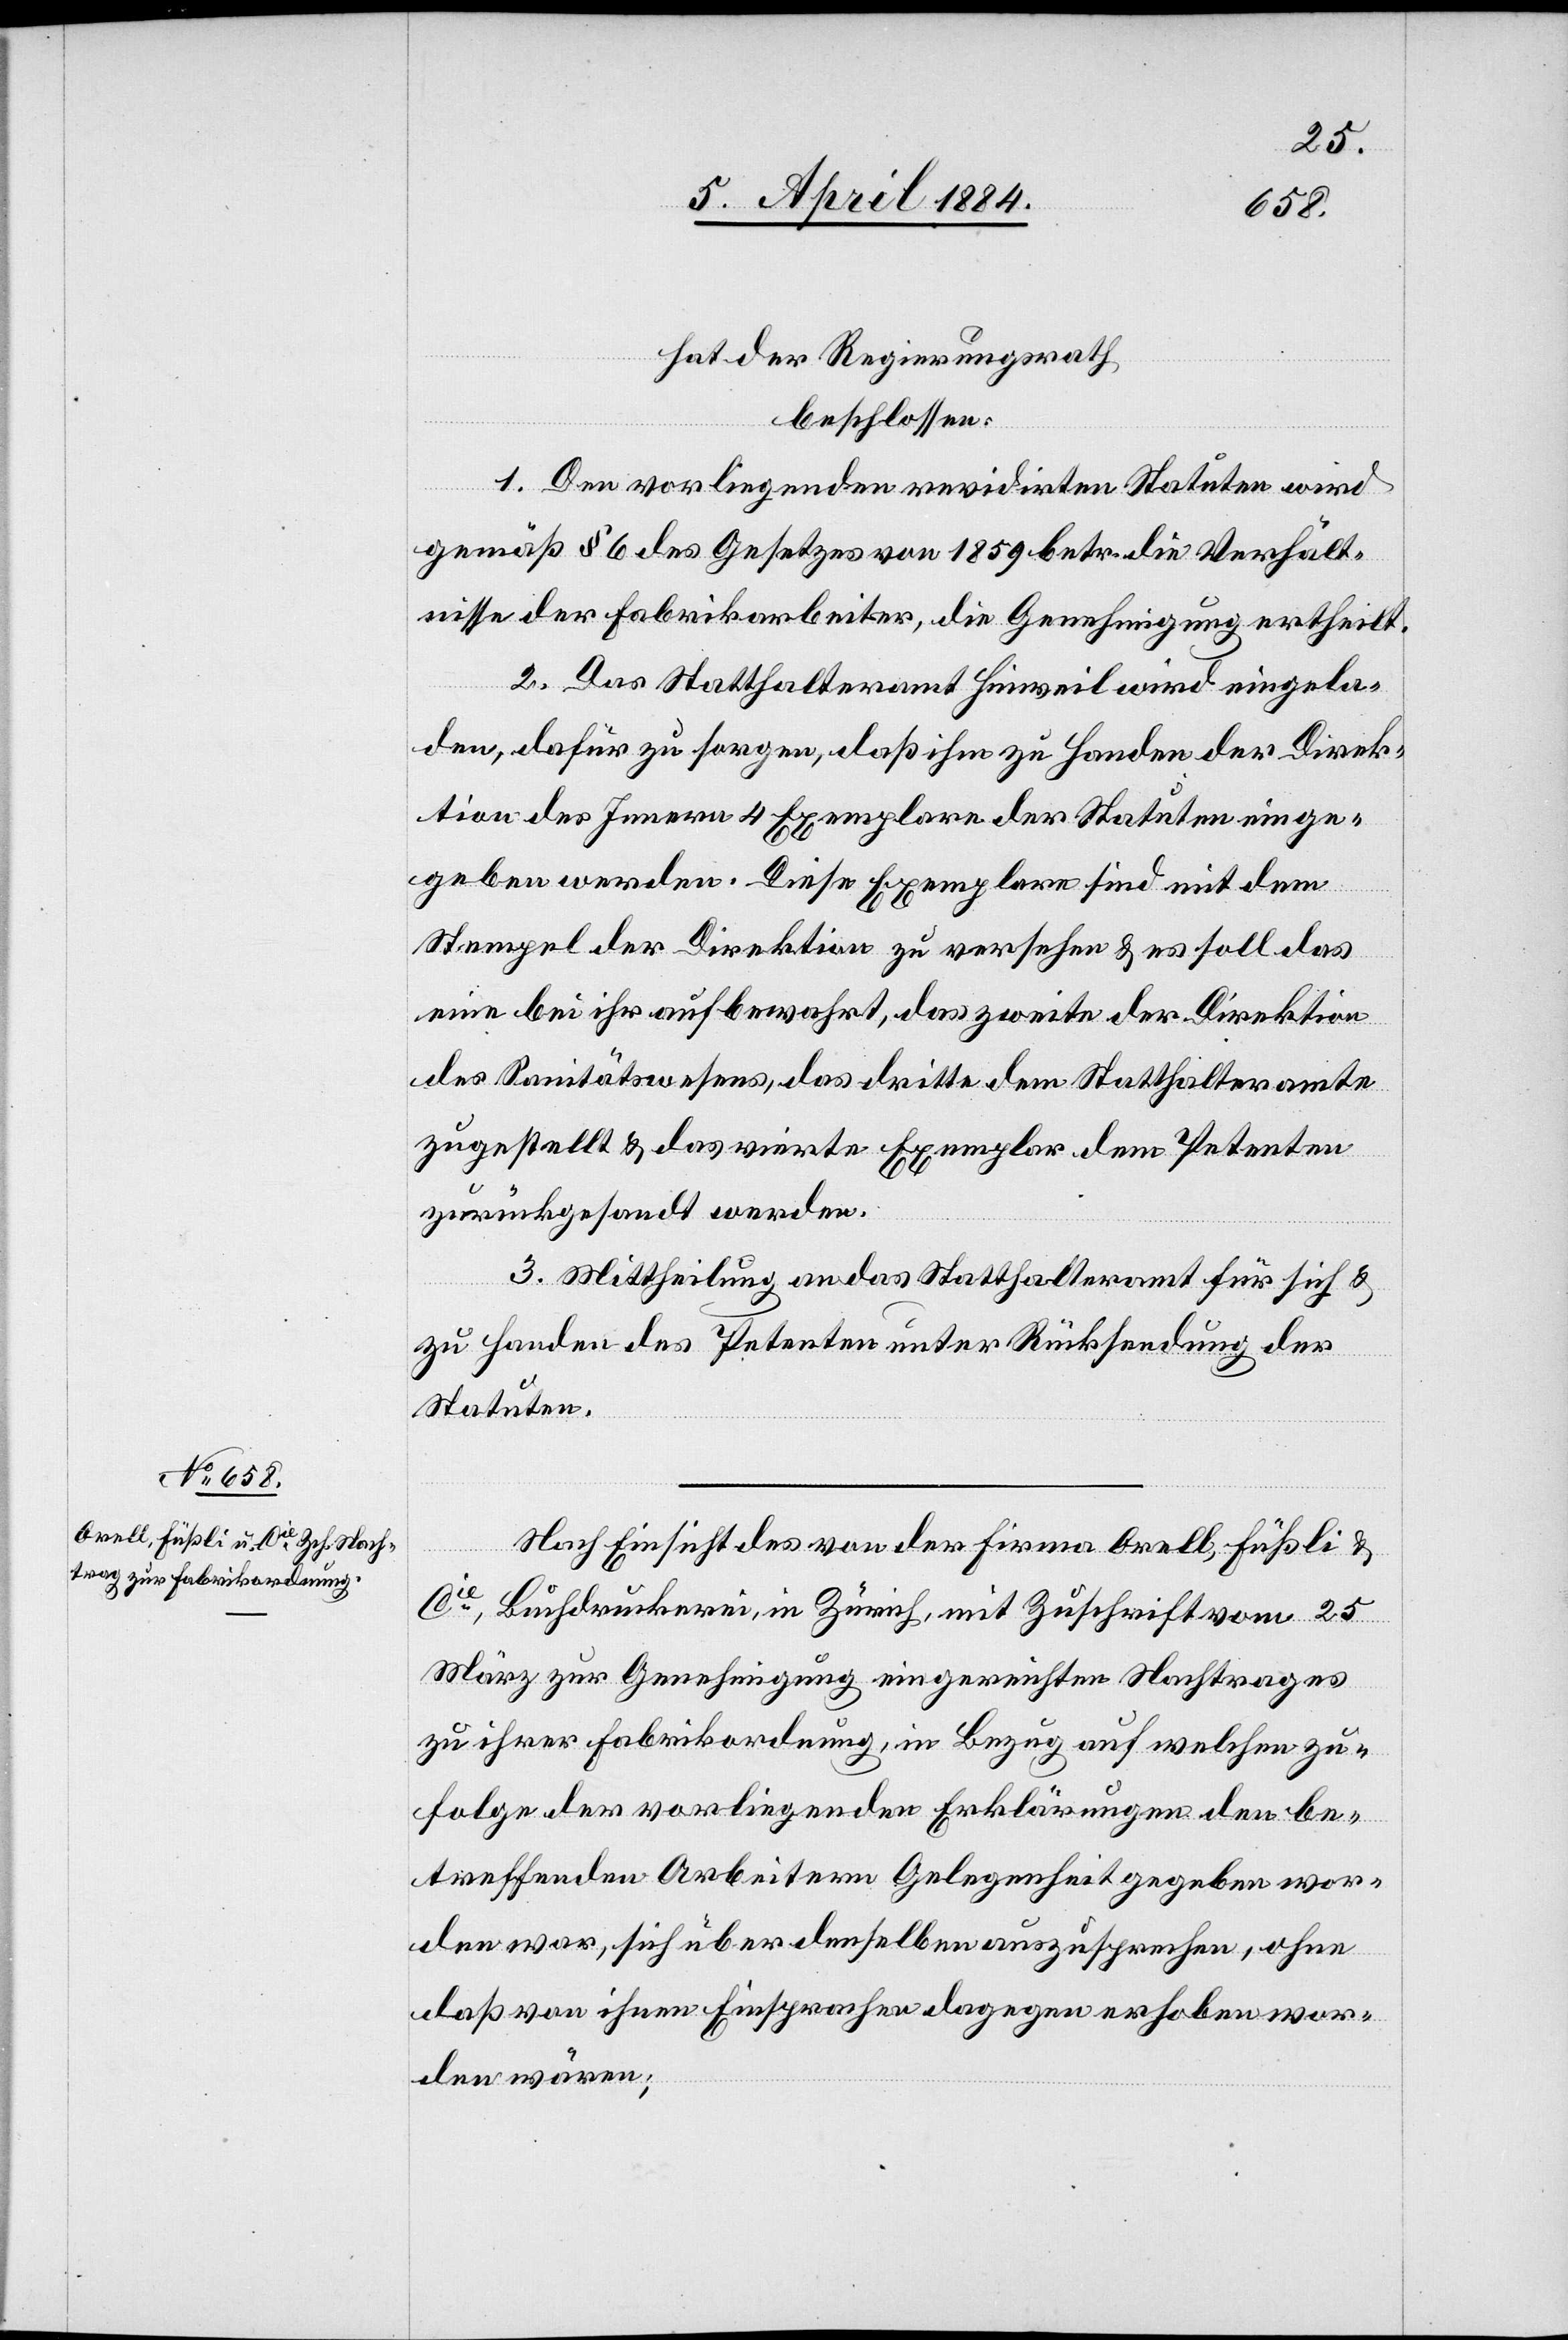
hat der Regierungsrath
beschlossen:
1. Den vorliegenden revidirten Statuten wird
gemäß § 6 des Gesetzes von 1859 betr. die Verhält¬
nisse der Fabrikarbeiter, die Genehmigung ertheilt.
2. Das Statthalteramt Hinweil wird eingela¬
den, dafür zu sorgen, daß ihm zu Handen der Direk¬
tion des Innern 4 Exemplare der Statuten einge¬
geben werden. Diese Exemplare sind mit dem
Stempel der Direktion zu versehen & es soll das
eine bei ihr aufbewahrt, das zweite der Direktion
des Sanitätswesens, das dritte dem Statthalteramte
zugestellt & das vierte Exemplar dem Petenten
zurückgesandt werden.
3. Mittheilung an das Statthalteramt für sich &
zu Handen des Petenten unter Rücksendung der
Statuten.
Nach Einsicht des von der Firma Orell Füßli &
Cie Buchdruckerei, in Zürich, mit Zuschrift vom 25.
März zur Genehmigung eingereichten Nachtrages
zu ihrer Fabrikordnung, in Bezug auf welchen zu¬
folge der vorliegenden Erklärung den be¬
treffenden Arbeitern Gelegenheit gegeben wor¬
den war, sich über denselben auszusprechen, ohne
daß von ihnen Einsprachen dagegen erhoben wor¬
den wären;